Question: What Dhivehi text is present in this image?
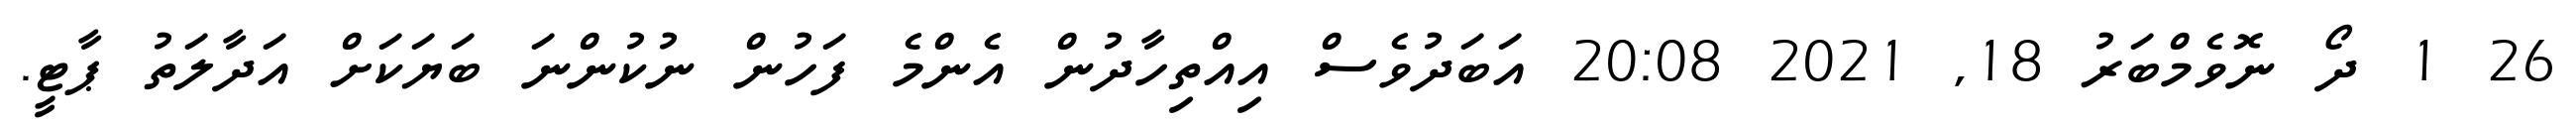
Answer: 26 1 ދޯ ނޮވެމްބަރު 18, 2021 20:08 އަބަދުވެސް އިއްތިހާދުން އެންމެ ފަހުން ނުކުންނަ ބަޔަކަށް އަދާލަތު ޕާޓީ.